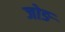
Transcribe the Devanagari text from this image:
जोङ